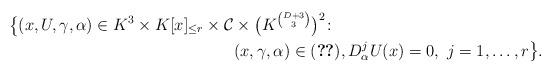
LaTeX: \begin{align*}\big\{(x,U,\gamma,\alpha)\in K^3\times K[x]_{\le r}\times \mathcal{C}&\times\big(K^{\binom{D+3}{3}}\big)^2\colon \\ &(x,\gamma,\alpha)\in \eqref{xAlphaGammaSet},D_\alpha^j U(x)=0,\ j=1,\ldots,r \big\}.\end{align*}